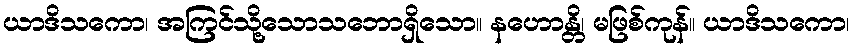
ယာဒိသကော၊ အကြင်သို့သောသဘောရှိသော။ နဟောန္တိ၊ မဖြစ်ကုန်။ ယာဒိသကော၊